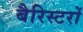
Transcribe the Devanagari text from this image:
बैरिस्टरों